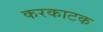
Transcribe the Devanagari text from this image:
करकाटक